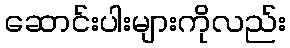
ဆောင်းပါးများကိုလည်း